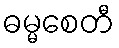
ဓမ္မစေတီ